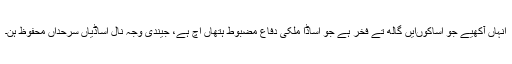
انہاں آکھیے جو اساکوںایں گالھ تے فخر ہے جو اساڈا ملکی دفاع مضبوط ہتھاں اچ ہے، جیندی وجہ نال اساڈیاں سرحداں محفوظ ہن۔